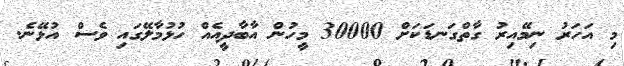
މި އަހަރު ނިމޭއިރު ގާތްގަނޑަކަށް 30000 މީހުން އާބާދީއެއް ހުޅުމާލޭގައި ވެސް އުޅޭނެ.